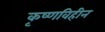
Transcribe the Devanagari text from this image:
कृष्णविहीन